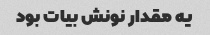
یه مقدار نونش بیات بود